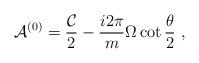
LaTeX: \begin{align*}{\cal A}^{(0)}={{\cal C}\over 2}-{i2\pi\over m}\Omega \cot{\theta\over 2} \ ,\end{align*}